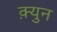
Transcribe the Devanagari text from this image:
क़्युन